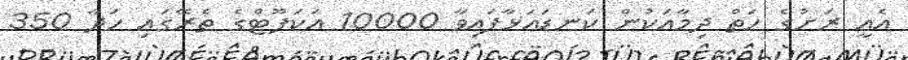
އެއީ ރަށުގެ ހަތް ދިމާއަކުން ކަނޑައަޅާފައިވާ 10000 އަކަފޫޓްގެ ތެރޭގައި ހަދާ 350